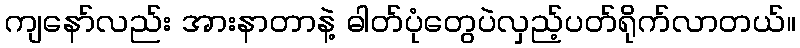
ကျနော်လည်း အားနာတာနဲ့ ဓါတ်ပုံတွေပဲလှည့်ပတ်ရိုက်လာတယ်။